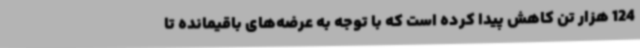
124 هزار تن کاهش پیدا کرده است که با توجه به عرضه‌های باقیمانده تا